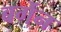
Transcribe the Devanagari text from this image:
बर्गेन